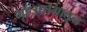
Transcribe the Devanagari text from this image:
गृहउद्योगातून